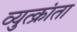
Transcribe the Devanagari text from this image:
व्युत्क्रांता